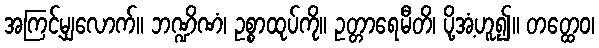
အကြင့်မျှလောက်။ ဘဏ္ဍိဏံ၊ ဥစ္စာထုပ်ကို။ ဥတ္တာရေမီတိ၊ ပို့အံ့ဟူ၍။ တတ္ထေဝ၊